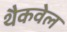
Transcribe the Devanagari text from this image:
थैकवेल